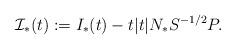
LaTeX: \begin{align*}{\mathcal I}_*(t) := I_*(t) - t |t| N_* S^{-1/2} P.\end{align*}